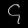
Digit: ၄